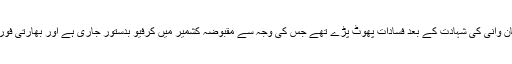
یاد رہے کہ عرصہ پہلے مقبوضہ کشمیر میں وہاں کا ایک جوان لیڈر برہان وانی کی شہادت کے بعد فسادات پھوٹ پڑے تھے جس کی وجہ سے مقبوضہ کشمیر میں کرفیو بدستور جاری ہے اور بھارتی فورسز کے ہاتھوں عوام کو ہراساں کرنے کا سلسلہ بھی ابھی تک جاری ہے۔